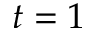
t = 1